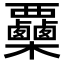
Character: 𣡷